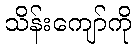
သိန်းကျော်ကို